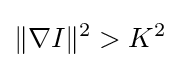
\|\nabla I\|^{2}>K^{2}